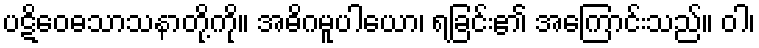
ပဋိဝေဓသာသနာတို့ကို။ အဓိဂမူပါယော၊ ရခြင်း၏ အကြောင်းသည်။ ဝါ၊